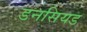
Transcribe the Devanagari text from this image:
डनसियड